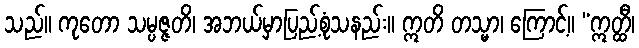
သည်။ ကုတော သမ္ပဇ္ဇတိ၊ အဘယ်မှာပြည့်စုံသနည်း။ ဣတိ တသ္မာ၊ ကြောင့်။ “ဣတ္ထီ၊